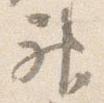
神